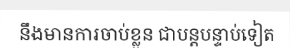
នឹងមានការចាប់ខ្លួន ជាបន្តបន្ទាប់ទៀត